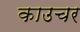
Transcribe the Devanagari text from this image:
काउचर